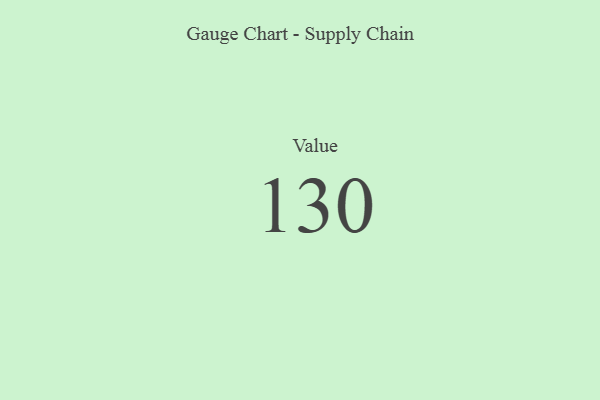
{"axis": {"x": "Metric", "y": "Value"}, "legend": [""], "data": [{"x": "Value", "y": 130, "type": ""}]}